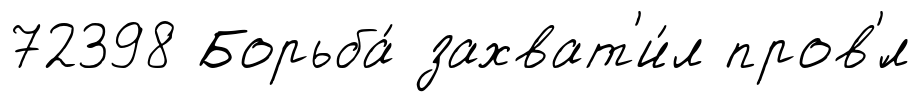
72398 Борьба́ захват'и́л пров'́л